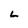
Character: L